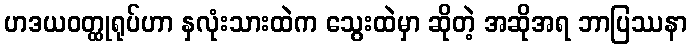
ဟဒယဝတ္ထုရုပ်ဟာ နှလုံးသားထဲက သွေးထဲမှာ ဆိုတဲ့ အဆိုအရ ဘာပြဿနာ